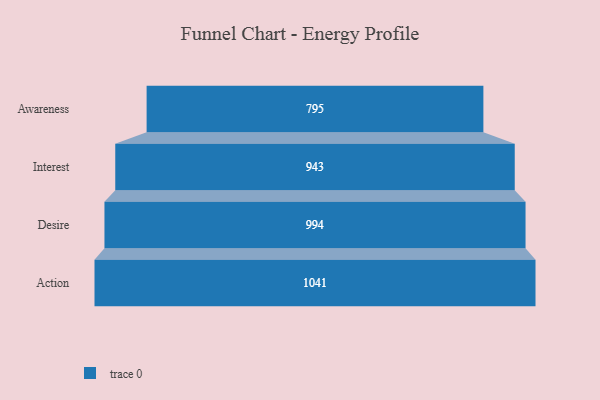
{"axis": {"x": "Stage", "y": "Value"}, "legend": [""], "data": [{"x": "Awareness", "y": 795.0, "type": ""}, {"x": "Interest", "y": 943.0, "type": ""}, {"x": "Desire", "y": 994.0, "type": ""}, {"x": "Action", "y": 1041.0, "type": ""}]}